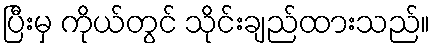
ပြီးမှ ကိုယ်တွင် သိုင်းချည်ထားသည်။